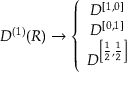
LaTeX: D ^ { \left( 1 \right) } ( R ) \rightarrow \left\{ \begin{array} { c } { { D ^ { \left[ 1 , 0 \right] } } } \\ { { D ^ { \left[ 0 , 1 \right] } } } \\ { { D ^ { \left[ \frac { 1 } { 2 } , \frac { 1 } { 2 } \right] } } } \end{array} \right.